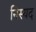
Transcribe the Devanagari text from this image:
निस्यद